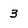
Character: 3